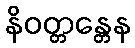
နိဝတ္တန္တေန